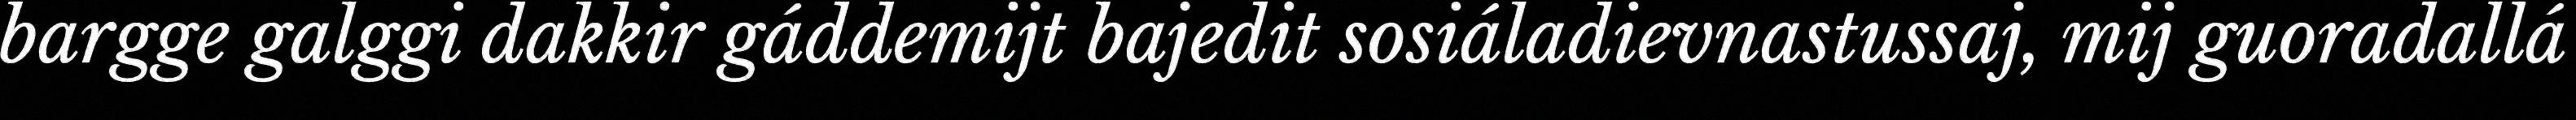
bargge galggi dakkir gáddemijt bajedit sosiáladievnastussaj, mij guoradallá